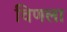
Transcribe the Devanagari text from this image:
विणला